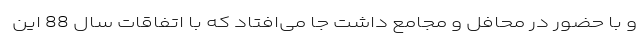
و با حضور در محافل و مجامع داشت جا می‌افتاد که با اتفاقات سال 88 این